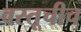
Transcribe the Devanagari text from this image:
वस्तूचीच